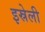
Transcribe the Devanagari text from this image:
इस्रेली